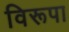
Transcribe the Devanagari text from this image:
विरूपा